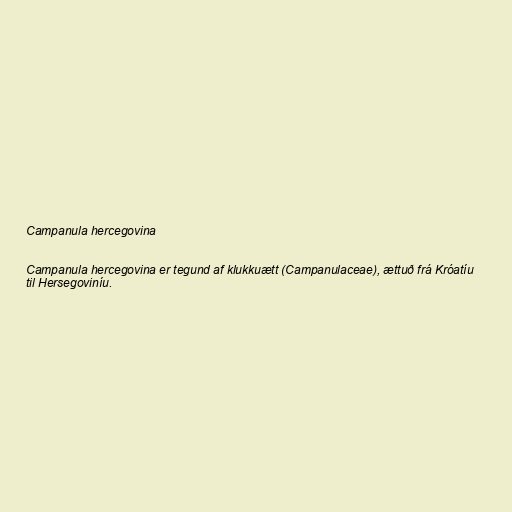
Campanula hercegovina

Campanula hercegovina er tegund af klukkuætt (Campanulaceae), ættuð frá Króatíu
til Hersegoviníu.